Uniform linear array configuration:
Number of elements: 64
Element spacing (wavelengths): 0.75
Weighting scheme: exponential
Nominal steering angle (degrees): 45
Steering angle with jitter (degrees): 45.111
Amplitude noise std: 0.05
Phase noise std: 0.05

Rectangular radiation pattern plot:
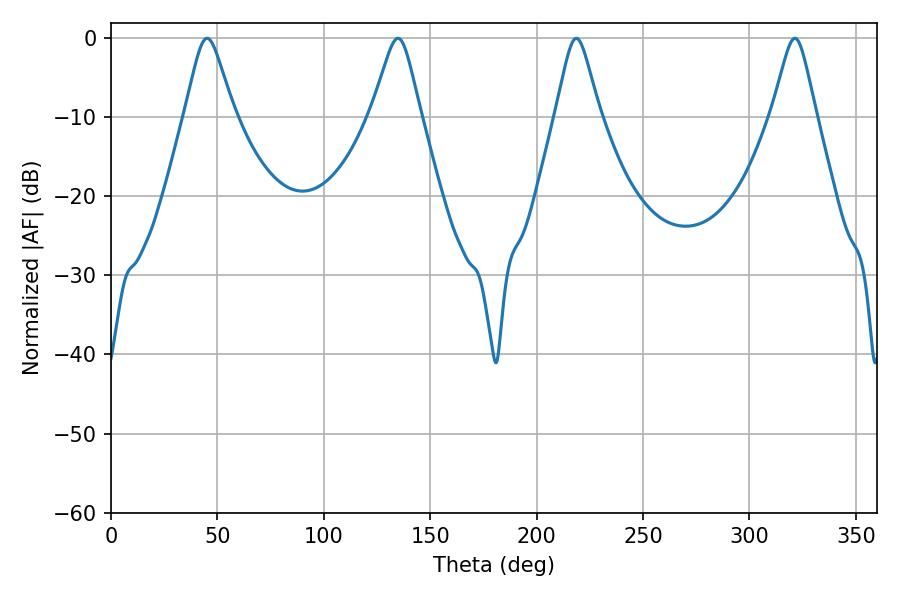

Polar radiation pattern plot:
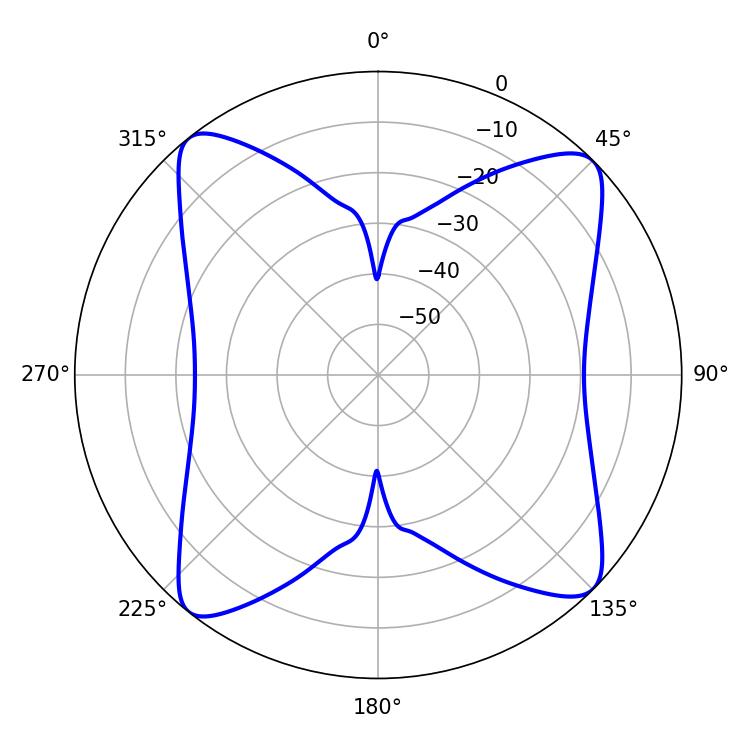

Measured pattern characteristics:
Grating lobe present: TRUE
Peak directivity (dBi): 14.171
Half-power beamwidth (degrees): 10.98
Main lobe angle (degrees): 45.18